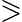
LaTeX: \eqslantgtr